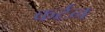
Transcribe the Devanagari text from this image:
कर्टन